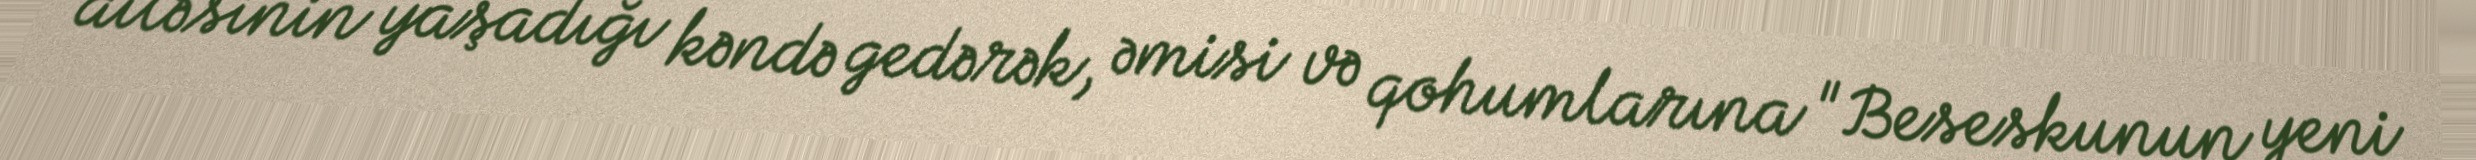
ailəsinin yaşadığı kəndə gedərək, əmisi və qohumlarına "Beseskunun yeni